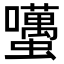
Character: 𧔺